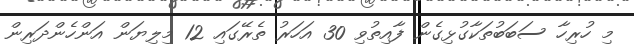
މި ހުރިހާ ސަބަބުތަކާގުޅިގެން ފާއިތުވި 30 އަހަރު ތެރޭގައި 12 މިލިޔަން އަންހެންދަރިން